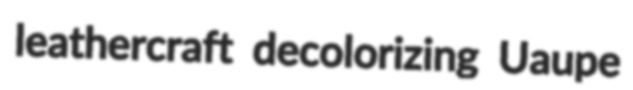
leathercraft decolorizing Uaupe